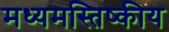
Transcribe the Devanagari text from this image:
मध्यमस्तिष्कीय